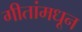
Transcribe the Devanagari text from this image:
गीतांमधून